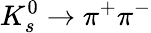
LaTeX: K_{s}^{0}\rightarrow\pi^{+}\pi^{-}